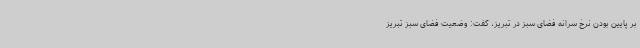
بر پایین بودن نرخ سرانه فضای سبز در تبریز، گفت: وضعیت فضای سبز تبریز